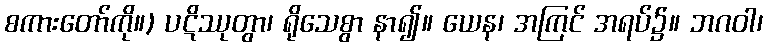
စကားတော်ကို။) ပဋိဿုတွာ၊ ရိုသေစွာ နာ၍။ ယေန၊ အကြင် အရပ်၌။ ဘဂဝါ၊